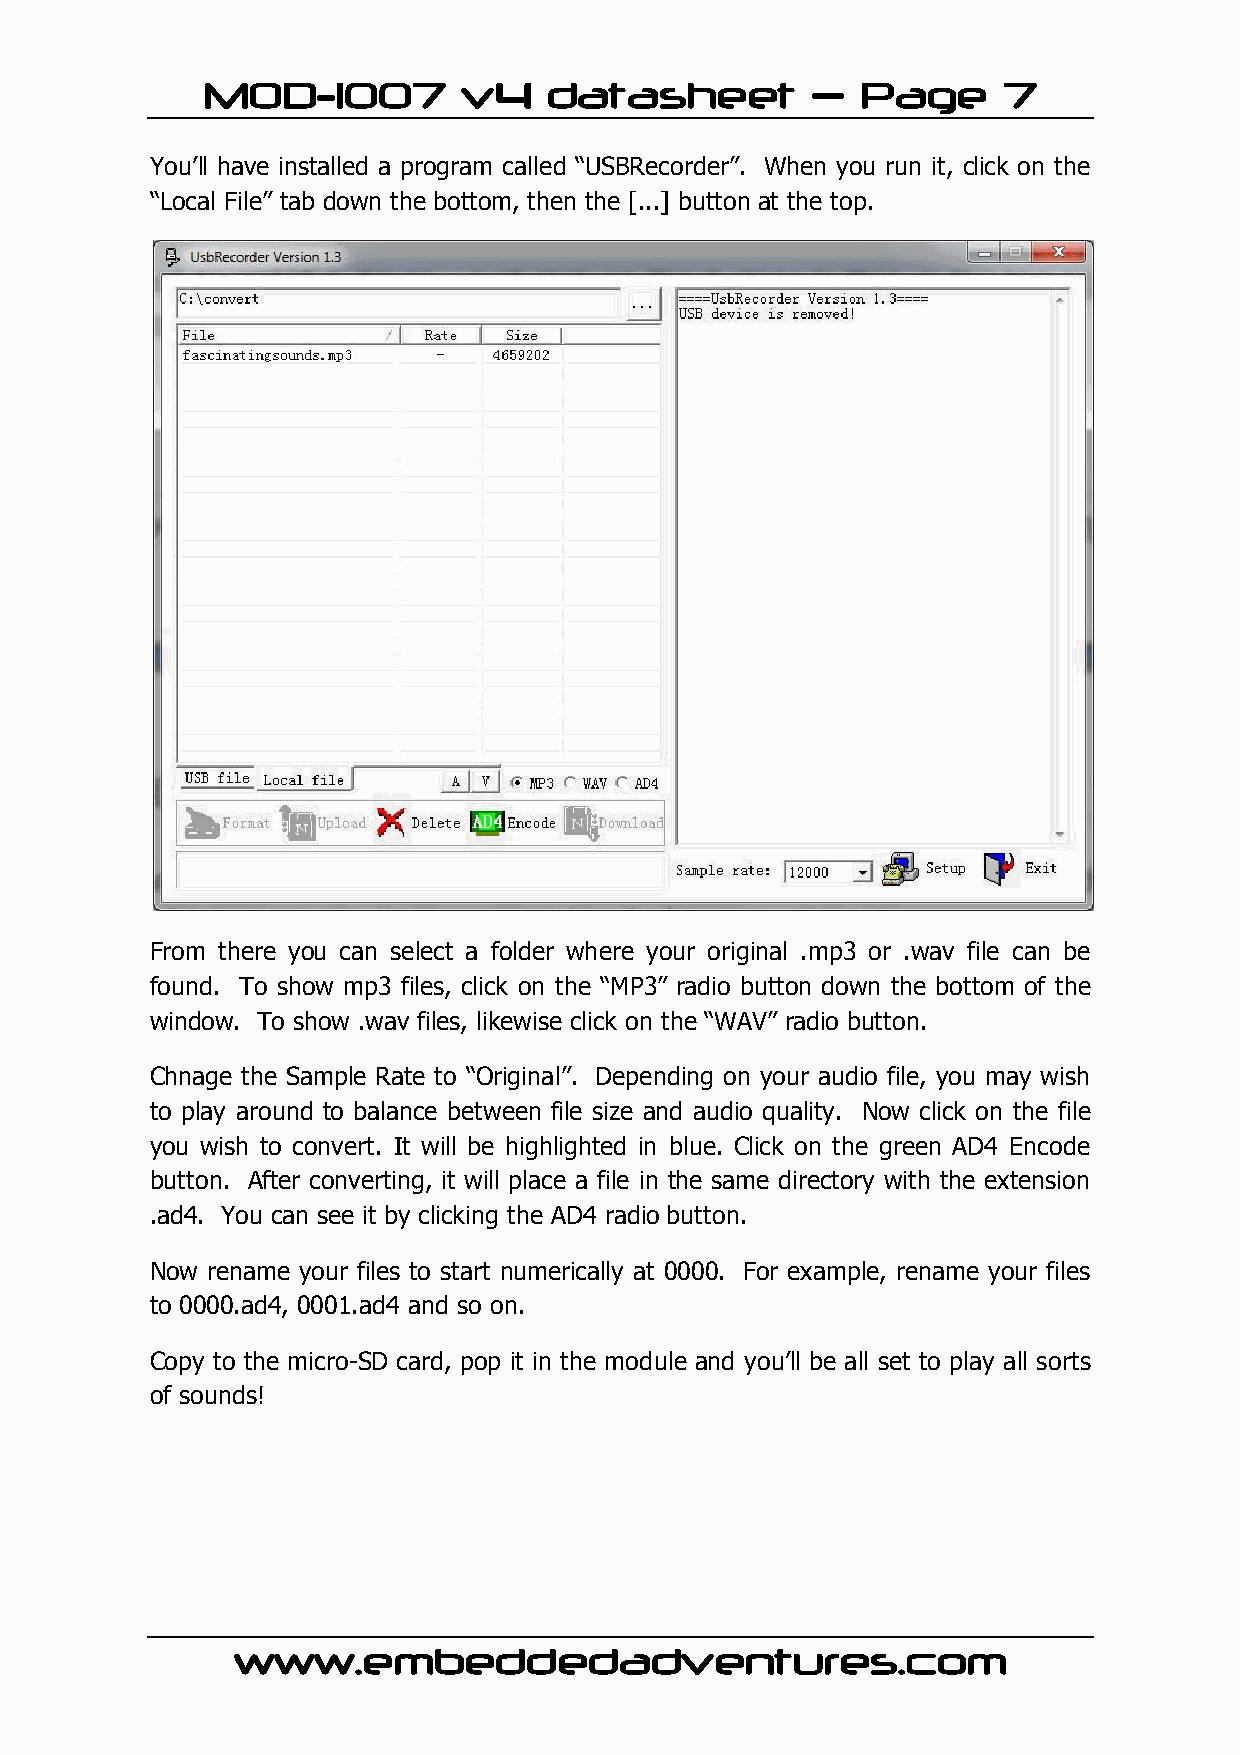
MOD-1007          v4   datasheet         –  Page     7
 You’ll have installed a program called “USBRecorder”. When you run it, click on the
 “Local File” tab down the bottom, then the [...] button at the top.
 From there you can select a folder where your original .mp3 or .wav file can be
 found. To show mp3 files, click on the “MP3” radio button down the bottom of the
 window. To show .wav files, likewise click on the “WAV” radio button.
 Chnage the Sample Rate to “Original”. Depending on your audio file, you may wish
 to play around to balance between file size and audio quality. Now click on the file
 you wish to convert. It will be highlighted in blue. Click on the green AD4 Encode
 button. After converting, it will place a file in the same directory with the extension
 .ad4. You can see it by clicking the AD4 radio button.
 Now rename your files to start numerically at 0000. For example, rename your files
 to 0000.ad4, 0001.ad4 and so on.
 Copy to the micro-SD card, pop it in the module and you’ll be all set to play all sorts
 of sounds!
 www.embeddedadventures.com